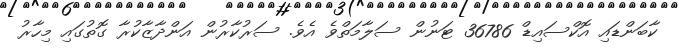
ކާބަންޑައި އޮކްސައިޑް 36786 ޓަނުން ސަލާމަތްވެ އެވެ. ސަރުކާރުން އަންދާޒާކުރާ ގޮތުގައި މިހާރު